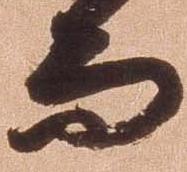
而